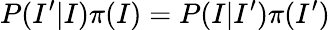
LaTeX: P(I^{\prime}|I)\pi(I)=P(I|I^{\prime})\pi(I^{\prime})